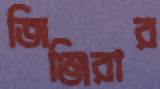
জিঞ্জিরার